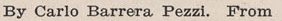
By Carlo Barrera Pezzi. From